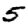
Digit: 5